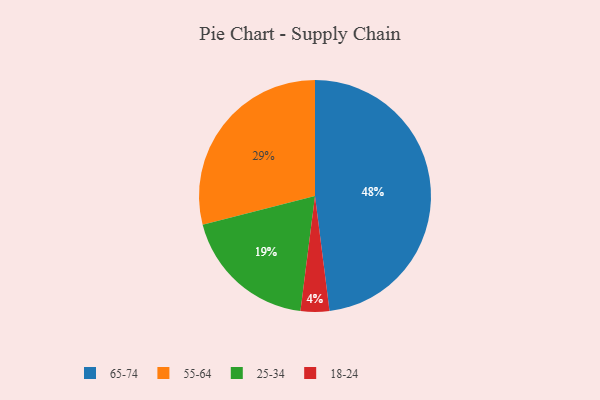
{"axis": {"x": "Category", "y": "Percentage"}, "legend": ["18-24", "25-34", "55-64", "65-74"], "data": [{"x": "25-34", "y": 19, "type": "25-34"}, {"x": "18-24", "y": 4, "type": "18-24"}, {"x": "55-64", "y": 29, "type": "55-64"}, {"x": "65-74", "y": 48, "type": "65-74"}]}